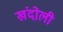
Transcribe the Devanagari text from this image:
खंदोली